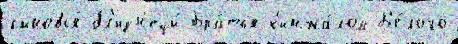
сыновья́-бл'изн'ецы́ Бра́тья к'инжа́лом Б'е́лого